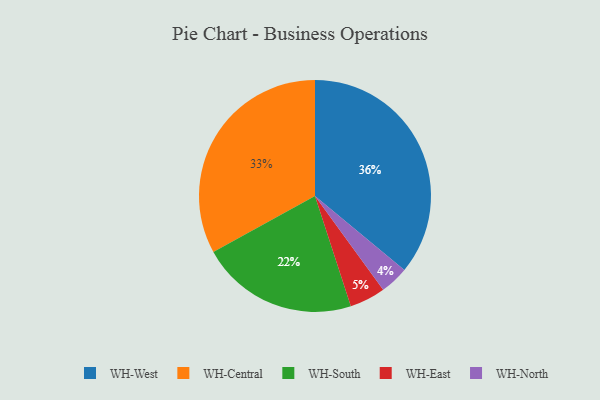
{"axis": {"x": "Category", "y": "Percentage"}, "legend": ["WH-Central", "WH-East", "WH-North", "WH-South", "WH-West"], "data": [{"x": "WH-North", "y": 4, "type": "WH-North"}, {"x": "WH-South", "y": 22, "type": "WH-South"}, {"x": "WH-East", "y": 5, "type": "WH-East"}, {"x": "WH-West", "y": 36, "type": "WH-West"}, {"x": "WH-Central", "y": 33, "type": "WH-Central"}]}